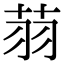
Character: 𦭳